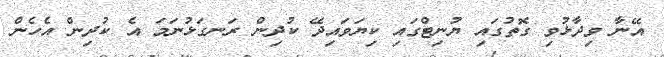
އޭނާ ވިދާޅުވި ގޮތުގައި ޔުނިޓްގައި ކިޔަވައިިދޭ ކުދިން ރަނގަޅުނަމަ އެ ކުދިން އެހެން